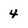
Character: 4